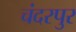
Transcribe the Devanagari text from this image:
चंदरपुर